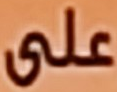
على